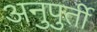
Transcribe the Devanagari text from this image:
अनुपुर्ती